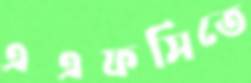
এএফসিতে